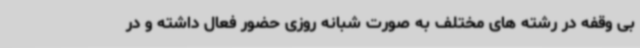
بی وقفه در رشته های مختلف به صورت شبانه روزی حضور فعال داشته و در